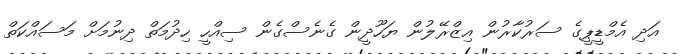
އަދި އެމްޑީޕީގެ ސަރުކާރުން އިޒްރޭލުން ޔަހޫދީން ގެނެސްގެން ސިއްހީ ހިދުމަތް ދިނުމަށް މަސައްކަތް